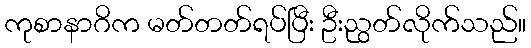
ကုစာနာဂိက မတ်တတ်ရပ်ပြီး ဦးညွတ်လိုက်သည်။